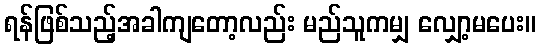
ရန်ဖြစ်သည့်အခါကျတော့လည်း မည်သူကမျှ လျှော့မပေး။